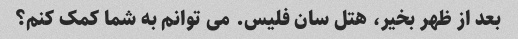
بعد از ظهر بخیر، هتل سان فلیس. می توانم به شما کمک کنم؟